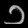
Digit: ၁